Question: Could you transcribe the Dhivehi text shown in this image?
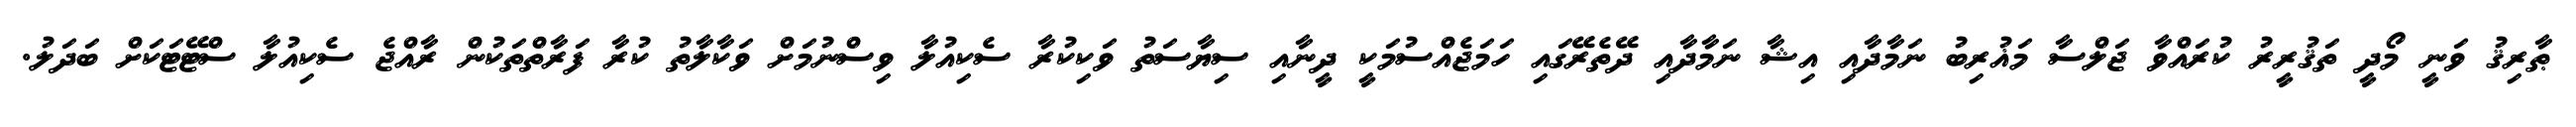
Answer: ޠާރިޤު ވަނީ މޯދީ ތަޤުރީރު ކުރައްވާ ޖަލްސާ މަޣުރިބު ނަމާދާއި އިޝާ ނަމާދާއި ދޭތެރޭގައި ހަމަޖެއްސުމަކީ ދީނާއި ސިޔާސަތު ވަކިކުރާ ސެކިއުލާ ވިސްނުމަށް ވަކާލާތު ކުރާ ފަރާތްތަކުން ރާއްޖެ ސެކިއުލާ ސްޓޭޓަކަށް ބަދަލު.